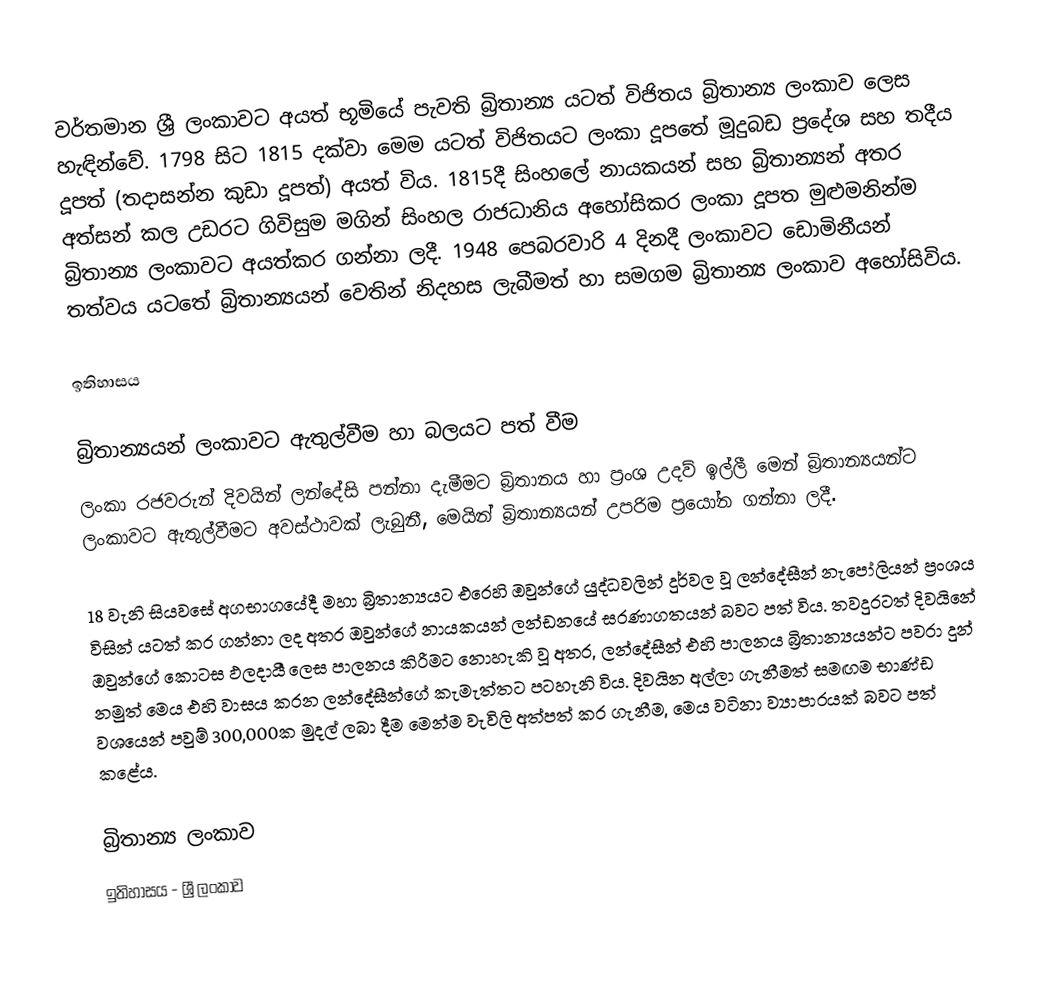
වර්තමාන ශ්‍රී ලංකාවට අයත් භූමියේ පැවති බ්‍රිතාන්‍ය යටත් විජිතය බ්‍රිතාන්‍ය ලංකාව ලෙස හැඳින්වේ. 1798 සිට 1815 දක්වා මෙම යටත් විජිතයට ලංකා දූපතේ මූදුබඩ ප්‍රදේශ සහ තදීය දූපත් (තදාසන්න කුඩා දූපත්) අයත් විය. 1815දී සිංහලේ නායකයන් සහ බ්‍රිතාන්‍යන් අතර අත්සන් කල උඩරට ගිවිසුම මගින් සිංහල රාජධානිය අහෝසිකර ලංකා දූපත මුළුමනින්ම බ්‍රිතාන්‍ය ලංකාවට අයත්කර ගන්නා ලදී. 1948 පෙබරවාරි 4 දිනදී  ලංකාවට ඩොමිනීයන් තත්වය යටතේ බ්‍රිතාන්‍යයන් වෙතින් නිදහස ලැබීමත් හා සමගම බ්‍රිතාන්‍ය ලංකාව අහෝසිවිය.

ඉතිහාසය

බ්‍රිතාන්‍යයන් ලංකාවට ඇතුල්වීම හා බලයට පත් වීම
ලංකා රජවරුන් දිවයින් ලන්දේසි පන්නා දැමීමට බ්‍රිතානය හා ප්‍රංශ උදව් ඉල්ලී මෙන් බ්‍රිතාන්‍යයන්ට ලංකාවට ඇතුල්වීමට අවස්ථාවක් ලැබුනී, මෙයින් බ්‍රිතාන්‍යයන් උපරිම ප්‍රයෝන ගන්නා ලදී.

18 වැනි සියවසේ අගභාගයේදී මහා බ්‍රිතාන්‍යයට එරෙහි ඔවුන්ගේ යුද්ධවලින් දුර්වල වූ ලන්දේසීන් නැපෝලියන් ප්‍රංශය විසින් යටත් කර ගන්නා ලද අතර ඔවුන්ගේ නායකයන් ලන්ඩනයේ සරණාගතයන් බවට පත් විය.  තවදුරටත් දිවයිනේ ඔවුන්ගේ කොටස ඵලදායී ලෙස පාලනය කිරීමට නොහැකි වූ අතර, ලන්දේසීන් එහි පාලනය බ්‍රිතාන්‍යයන්ට පවරා දුන් නමුත් මෙය එහි වාසය කරන ලන්දේසීන්ගේ කැමැත්තට පටහැනි විය.  දිවයින අල්ලා ගැනීමත් සමඟම භාණ්ඩ වශයෙන් පවුම් 300,000ක මුදල් ලබා දීම මෙන්ම වැවිලි  අත්පත් කර ගැනීම, මෙය වටිනා ව්‍යාපාරයක් බවට පත් කළේය.

බ්‍රිතාන්‍ය ලංකාව
ඉතිහාසය - ශ්‍රී ලංකාව